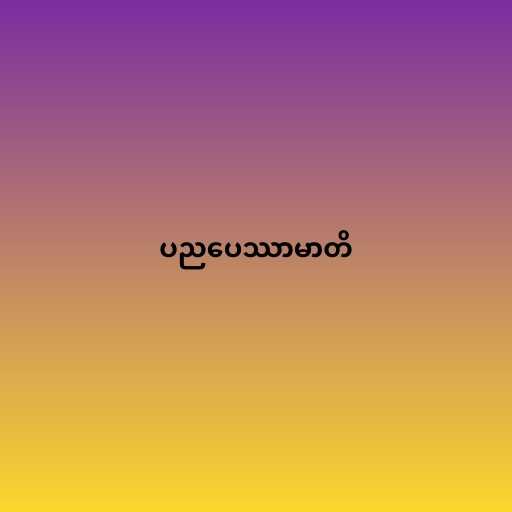
ပညပေဿာမာတိ